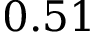
0 . 5 1